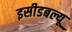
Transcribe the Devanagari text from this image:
इसीडबल्यू